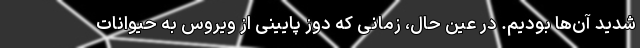
شدید آن‌ها بودیم. در عین حال، زمانی که دوز پایینی از ویروس به حیوانات